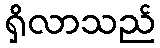
ရှိလာသည်